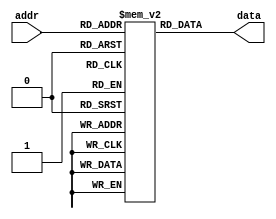
module parameterized_rom #(
    parameter ADDR_WIDTH = 4,  // Number of address bits
    parameter DATA_WIDTH = 8    // Width of the data
)(
    input  wire [ADDR_WIDTH-1:0] addr,  // Address input
    output reg  [DATA_WIDTH-1:0] data    // Data output
);

// Memory initialization (example values)
reg [DATA_WIDTH-1:0] rom [(2**ADDR_WIDTH)-1:0];

// Initial block to load predefined values into the ROM
initial begin
    // Example initialization values
    rom[0]  = 8'h00; // Address 0
    rom[1]  = 8'h01; // Address 1
    rom[2]  = 8'h02; // Address 2
    rom[3]  = 8'h03; // Address 3
    rom[4]  = 8'h04; // Address 4
    rom[5]  = 8'h05; // Address 5
    rom[6]  = 8'h06; // Address 6
    rom[7]  = 8'h07; // Address 7
    // Add more initialization as needed
end

// Always block to read data from ROM based on address input
always @(*) begin
    data = rom[addr]; // Read data from ROM at the specified address
end

endmodule